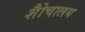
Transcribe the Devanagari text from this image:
शैोचालय